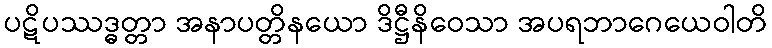
ပဋိပဿဒ္ဓတ္တာ အနာပတ္တိနယော ဒိဋ္ဌီနိဝေသာ အပရဘာဂေယေဝါတိ